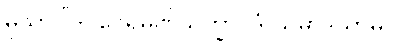
မုသာဝါဒါ ဝေရမဏိသိက္ခာပဒံ သမာဒိယာမိ။